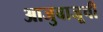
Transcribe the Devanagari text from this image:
आजुबाजूची